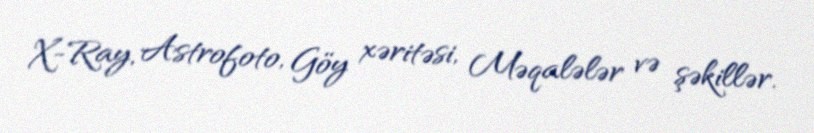
X-Ray, Astrofoto, Göy xəritəsi, Məqalələr və şəkillər.